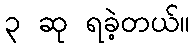
၃ ဆု ရခဲ့တယ်။